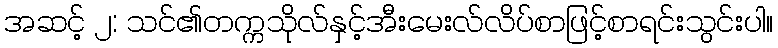
အဆင့် ၂: သင်၏တက္ကသိုလ်နှင့်အီးမေးလ်လိပ်စာဖြင့်စာရင်းသွင်းပါ။